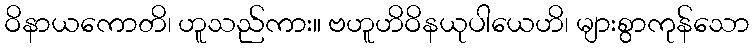
ဝိနာယကောတိ၊ ဟူသည်ကား။ ဗဟူဟိဝိနယုပါယေဟိ၊ များစွာကုန်သော